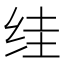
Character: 𮉤